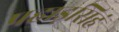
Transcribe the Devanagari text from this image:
पहाड़सिहं